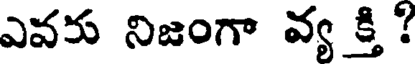
ఎవరు నిజంగా వ్య క్తి ?